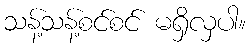
သန့်သန့်စင်စင် မရှိလှပါ။